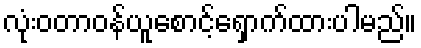
လုံးဝတာဝန်ယူစောင့်ရှောက်ထားပါမည်။